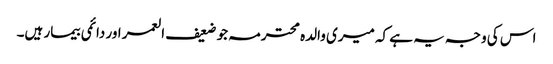
اس کی وجہ یہ ہے کہ میری والدہ محترمہ جو ضعیف العمر اور دائمی بیمار ہیں۔